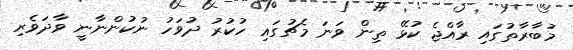
މުބާރާތުގައި ރާއްޖެ ކުޅޭ ތިން ވަނަ މެޗުގައި ހުކުރު ދުވަހު ނުކުންނާނީ ވާދަވެރި